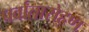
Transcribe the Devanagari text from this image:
पर्वातारोहण